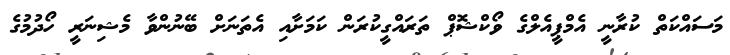
މަސައްކަތް ކުރާނީ އެމްޕީއެލްގެ ވޯކްޝޮޕް ތަރައްގީކުރަން ކަމަށާއި އެތަނަށް ބޭނުންވާ މެޝިނަރީ ހޯދުމުގެ